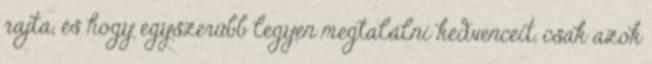
rajta, és hogy egyszerűbb legyen megtalálni kedvenceit, csak azok